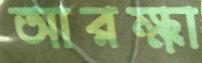
আরক্ষা